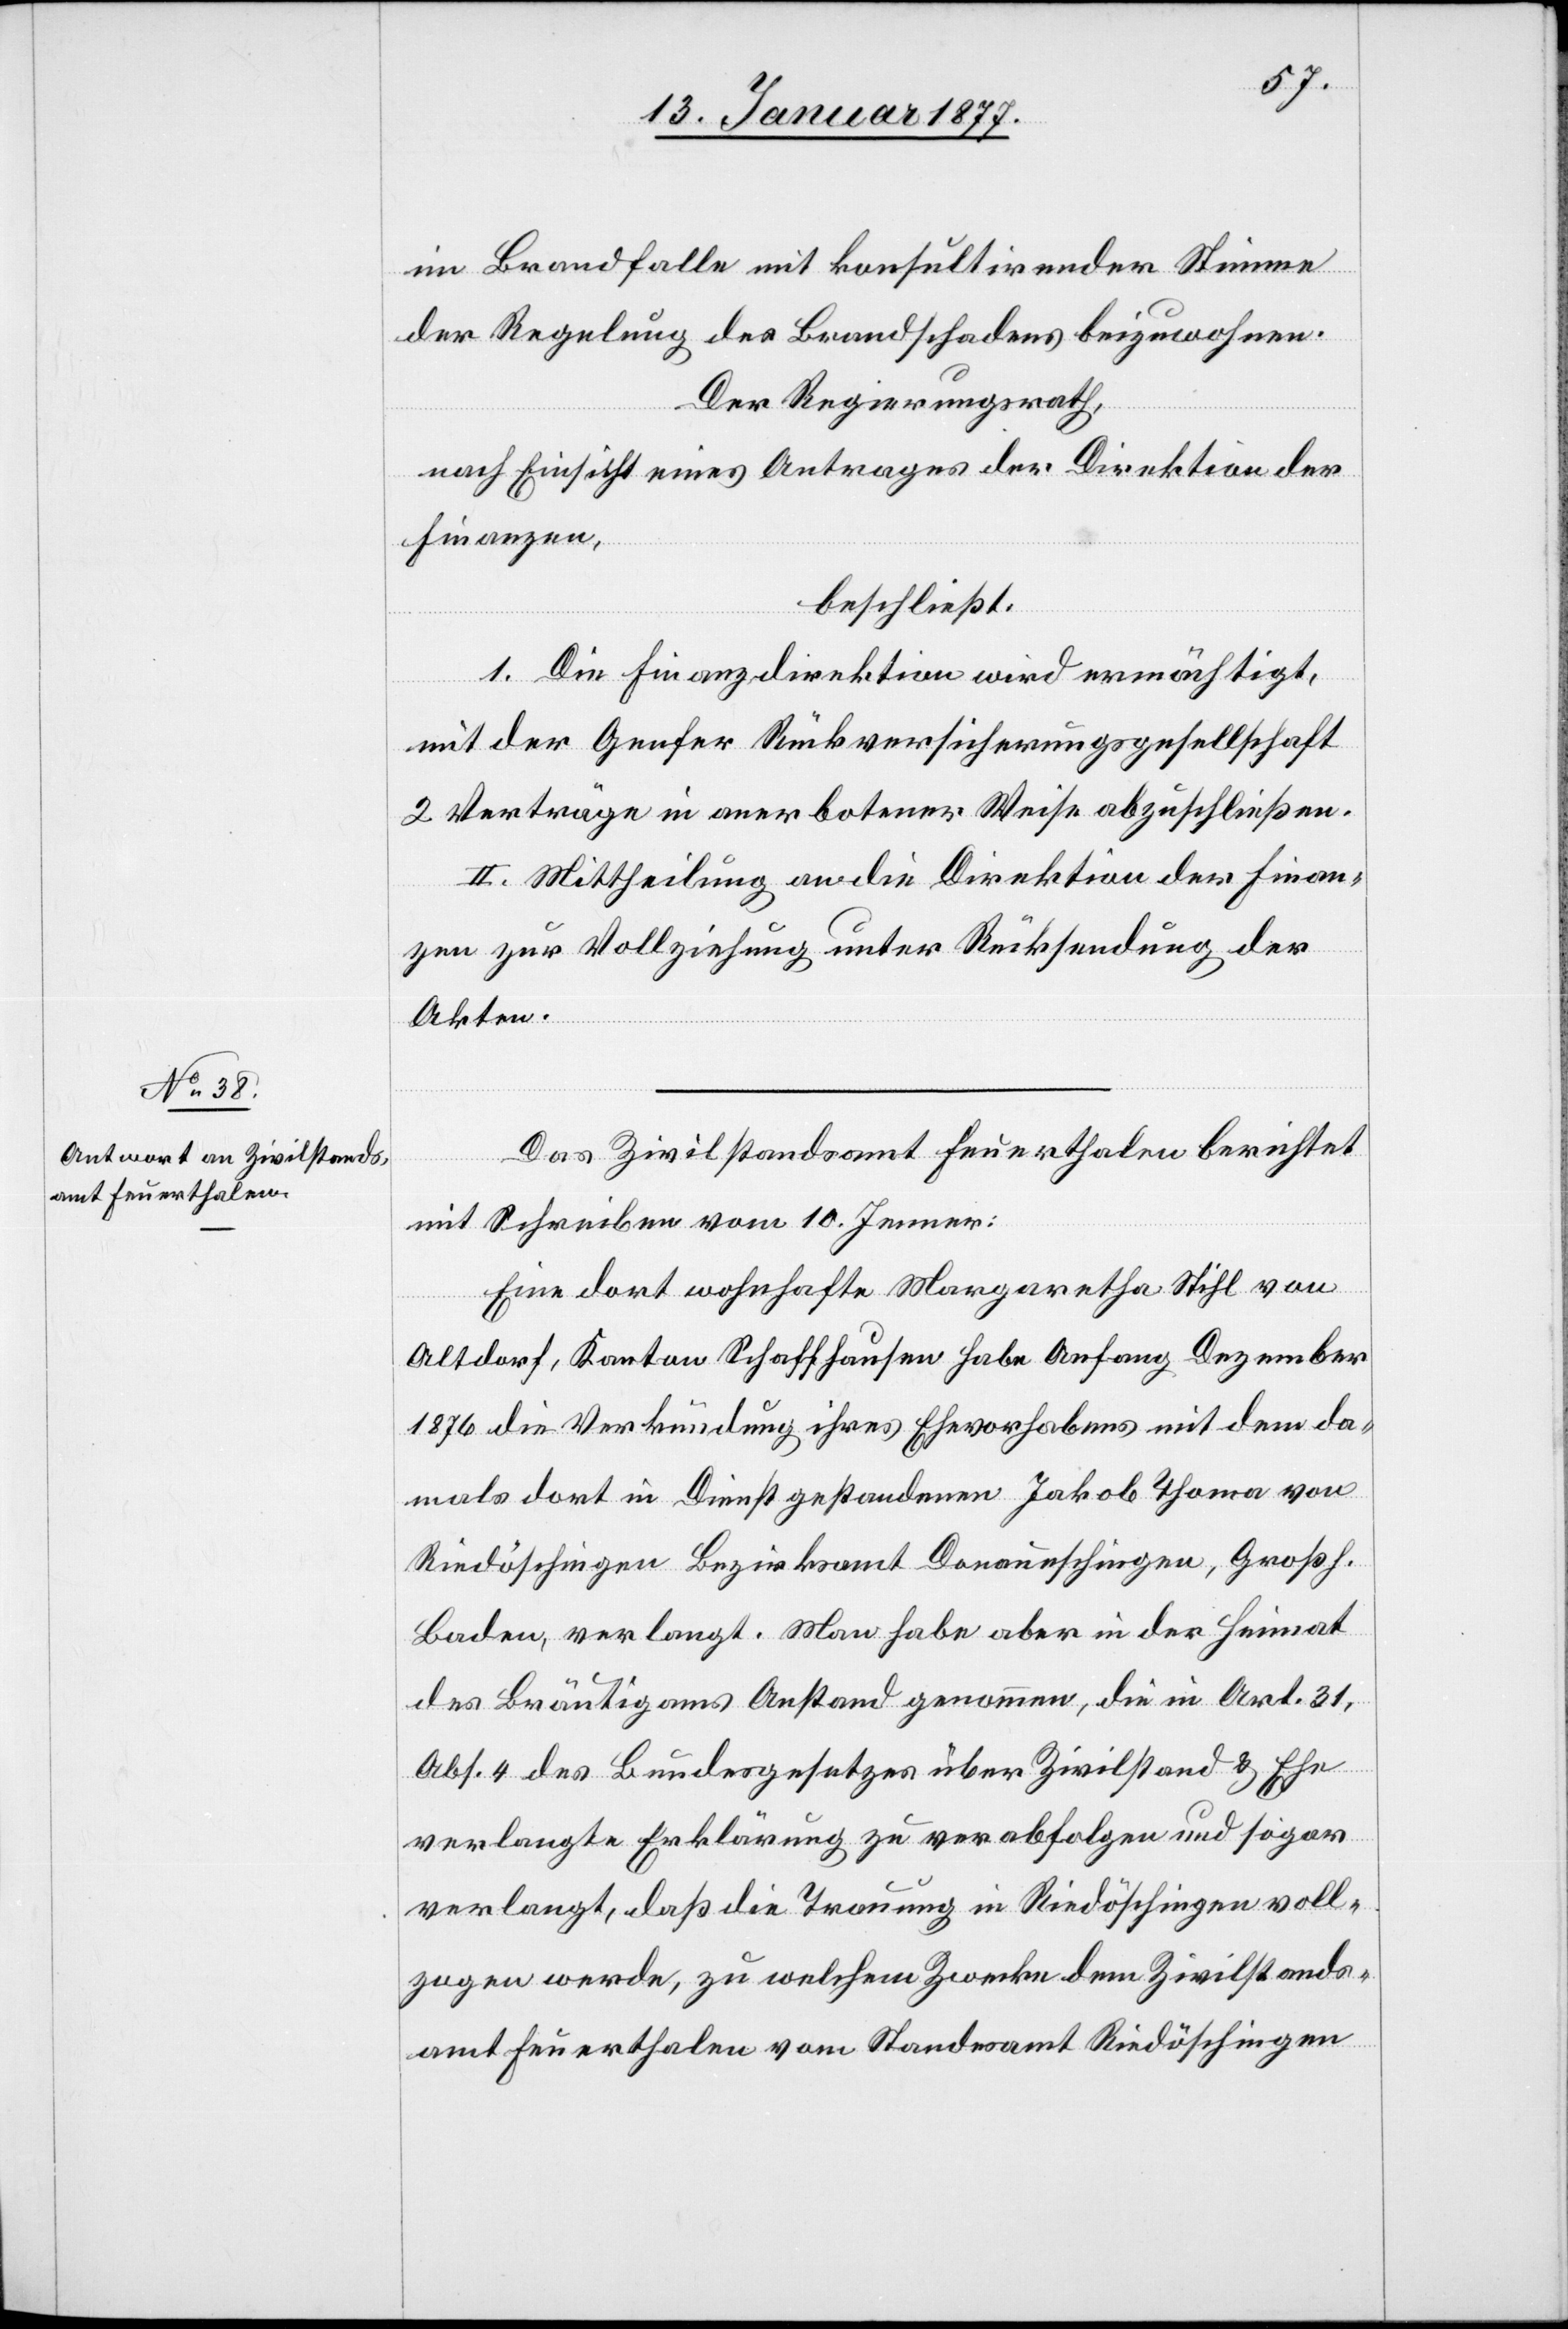
im Brandfalle mit konsultirender Stimme
der Regelung des Brandschadens beizuwohnen.
Der Regierungsrath,
nach Einsicht eines Antrages der Direktion der
Finanzen,
beschließt:
1. Die Finanzdirektion wird ermächtigt,
mit der Genfer Rückversicherungsgesellschaft
2 Verträge in anerbotener Weise abzuschließen.
2. Mittheilung an die Direktion der Finan¬
zen zur Vollziehung unter Rücksendung der
Akten.
Das Zivilstandsamt Feuerthalen berichtet
mit Schreiben vom 10. Januar:
Eine dort wohnhafte Margaretha Stihl von
Altdorf, Kanton Schaffhausen habe Anfang Dezember
1876 die Verkündung ihres Ehevorhabens mit dem da¬
mals dort in Dienst gestandenen Jakob Thoma von
Riedöschingen Bezirksamt Donaueschingen, Großh.
Baden, verlangt. Man habe aber in der Heimat
der Bräutigams Anstand genommen. die in Art. 31,
Abs. 4 des Bundesgesetzes über Zivilstand & Ehe
verlangte Erklärung zu verabfolgen und sogar
verlangt, daß die Trauung in Riedöschingen voll¬
zogen werde, zu welchem Zwecke dem Zivilstands¬
amt Feuerthalen vom Standesamt Riedöschingen